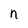
Character: n